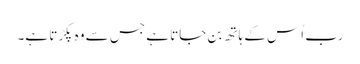
رب اُس کے ہاتھ بن جاتا ہے جس سے وہ پکڑتا ہے۔